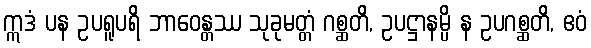
ဣဒံ ပန ဥပရူပရိ ဘာဝေန္တဿ သုခုမတ္တံ ဂစ္ဆတိ, ဥပဋ္ဌာနမ္ပိ န ဥပဂစ္ဆတိ, ဧဝံ